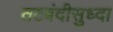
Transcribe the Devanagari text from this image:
तटबंदीसुध्दा